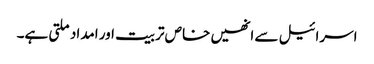
اسرائیل سے انھیں خاص تربیت اور امداد ملتی ہے۔